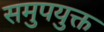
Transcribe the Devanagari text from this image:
समुपयुक्त